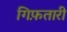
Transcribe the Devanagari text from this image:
गिफ़तारी